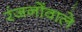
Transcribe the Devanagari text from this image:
रंजनोंवाले